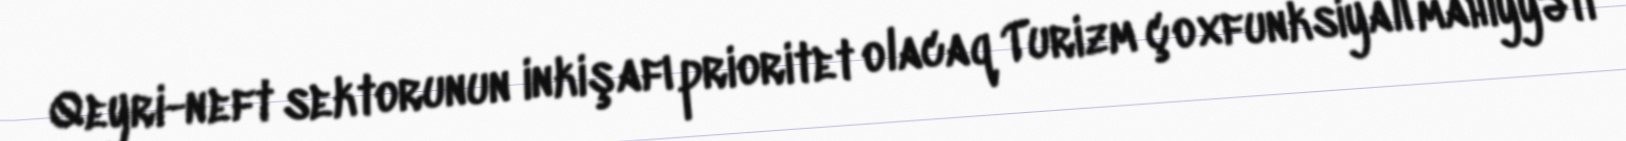
Qeyri-neft sektorunun inkişafı prioritet olacaq Turizm çoxfunksiyalı mahiyyəti